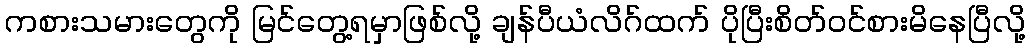
ကစားသမားတွေကို မြင်တွေ့ရမှာဖြစ်လို့ ချန်ပီယံလိဂ်ထက် ပိုပြီးစိတ်ဝင်စားမိနေပြီလို့